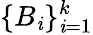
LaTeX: \{ B_{\mathit{i}}\} _{\mathit{i}=1}^{k}